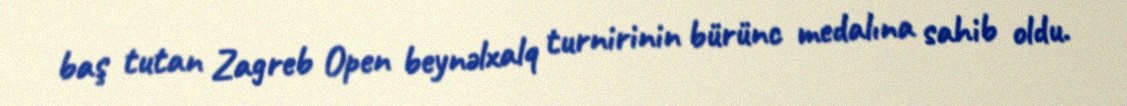
baş tutan Zagreb Open beynəlxalq turnirinin bürünc medalına sahib oldu.